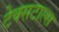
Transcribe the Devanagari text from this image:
टेक्सटाल्स